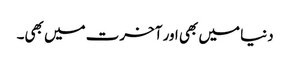
دنیا میں بھی اور آخرت میں بھی۔